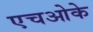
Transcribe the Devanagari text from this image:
एचओके